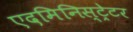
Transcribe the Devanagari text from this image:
एदमिनिस्ट्रेटर